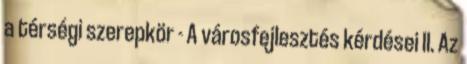
a térségi szerepkör - A városfejlesztés kérdései II. Az